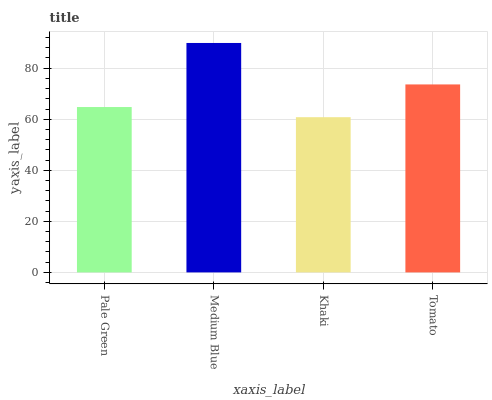
| xaxis_label | bars |
 | --- | --- |
 | Pale Green | 64.8 |
 | Medium Blue | 89.9 |
 | Khaki | 60.8 |
 | Tomato | 73.6 |